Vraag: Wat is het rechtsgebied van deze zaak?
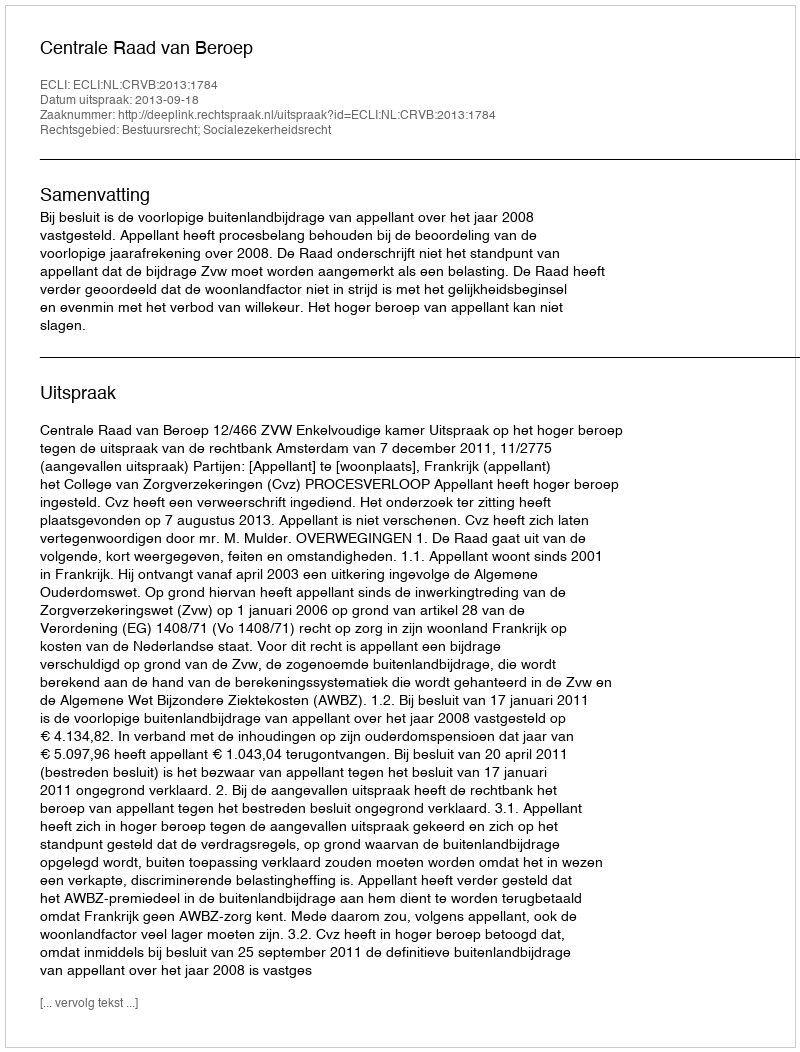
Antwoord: Bestuursrecht; Socialezekerheidsrecht